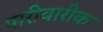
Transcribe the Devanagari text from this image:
पारीवारीक